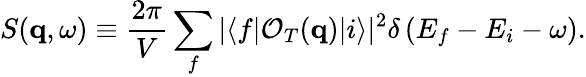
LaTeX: S(\mathbf{q},\omega)\equiv\frac{2\pi}{V}\sum_{f}|\langle f|\mathcal{O}_{T}(\mathbf{q})|i\rangle|^{2}\delta\left(E_{f}-E_{i}-\omega\right).